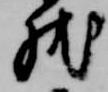
然